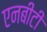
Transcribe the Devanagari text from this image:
एनबीटी